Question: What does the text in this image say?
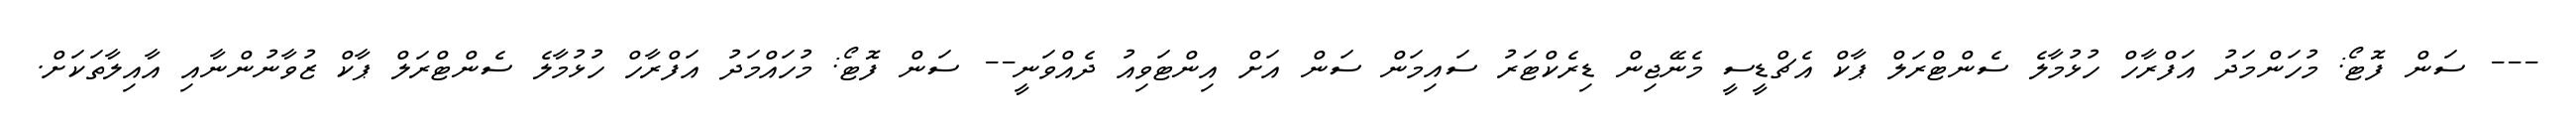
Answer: --- ސަން ފޮޓޯ: މުހަންމަދު އަފްރާހް ހުޅުމާލެ ސެންޓްރަލް ޕާކް އެޗްޑީސީ މެނޭޖިން ޑިރެކްޓަރު ސައިމަން ސަން އަށް އިންޓަވިއު ދެއްވަނީ-- ސަން ފޮޓޯ: މުހައްމަދު އަފްރާހް ހުޅުމާލެ ސެންޓްރަލް ޕާކް ޒުވާނުންނާއި އާއިލާތަކަށް.